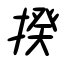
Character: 揆